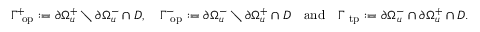
\Gamma _ { \mathrm { \sc ~ o p } } ^ { + } : = \partial \Omega _ { u } ^ { + } \setminus \partial \Omega _ { u } ^ { - } \cap D , \quad \Gamma _ { \mathrm { \sc ~ o p } } ^ { - } : = \partial \Omega _ { u } ^ { - } \setminus \partial \Omega _ { u } ^ { + } \cap D \quad \mathrm { a n d } \quad \Gamma _ { \mathrm { \sc ~ t p } } : = \partial \Omega _ { u } ^ { - } \cap \partial \Omega _ { u } ^ { + } \cap D .